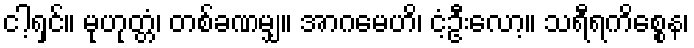
ငါ့ရှင်။ မုဟုတ္တံ၊ တစ်ခဏမျှ။ အာဂမေဟိ၊ ငံ့ဦးလော့။ သရီရကိစ္စေန၊